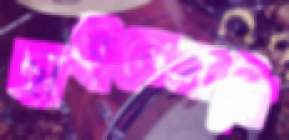
ছাইলেমনি